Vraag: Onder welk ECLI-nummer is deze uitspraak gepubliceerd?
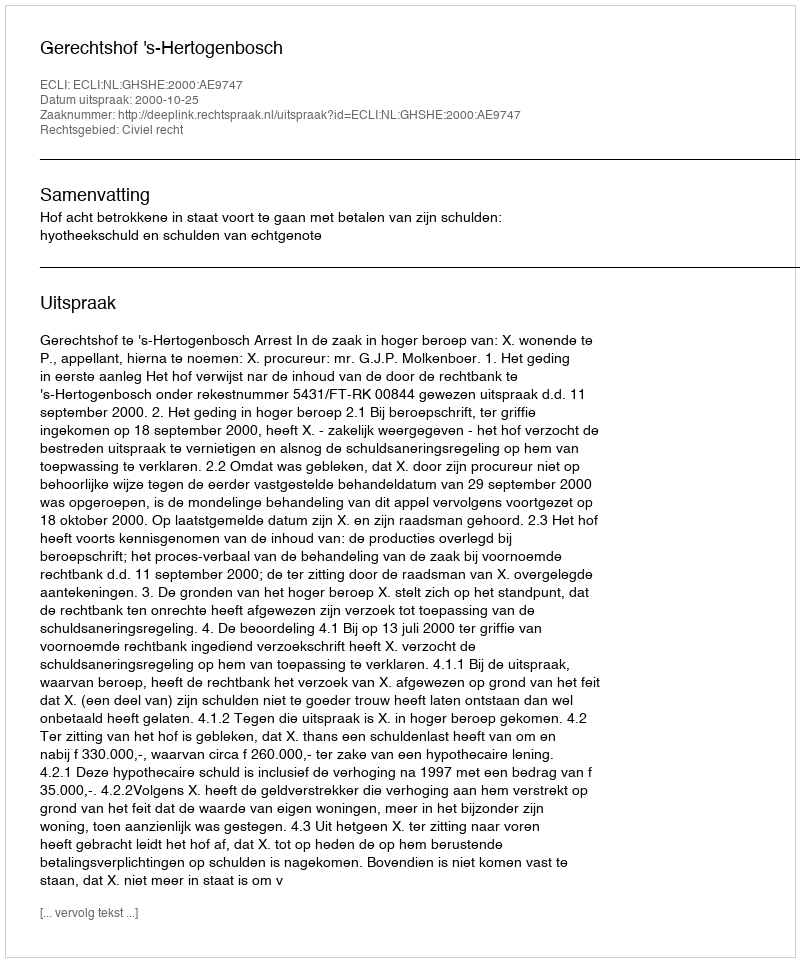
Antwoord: ECLI:NL:GHSHE:2000:AE9747